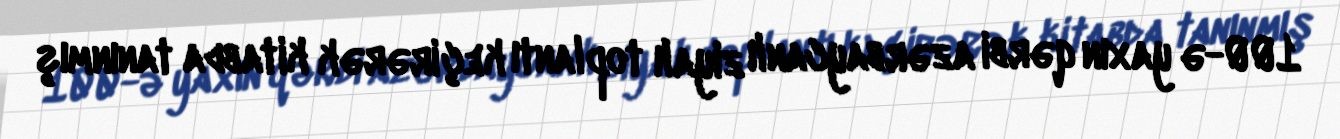
100-ə yaxın qərbi azərbaycanlı ziyalı toplantı keçirərək kitabda tanınmış